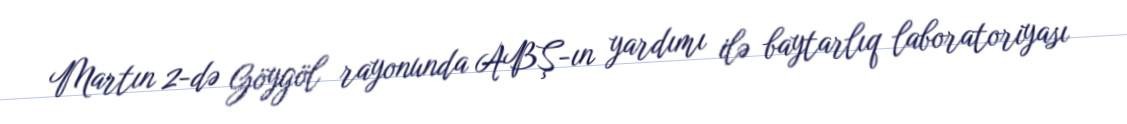
Martın 2-də Göygöl rayonunda ABŞ-ın yardımı ilə baytarlıq laboratoriyası